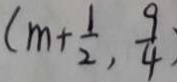
( m + \frac { 1 } { 2 } , \frac { 9 } { 4 } )